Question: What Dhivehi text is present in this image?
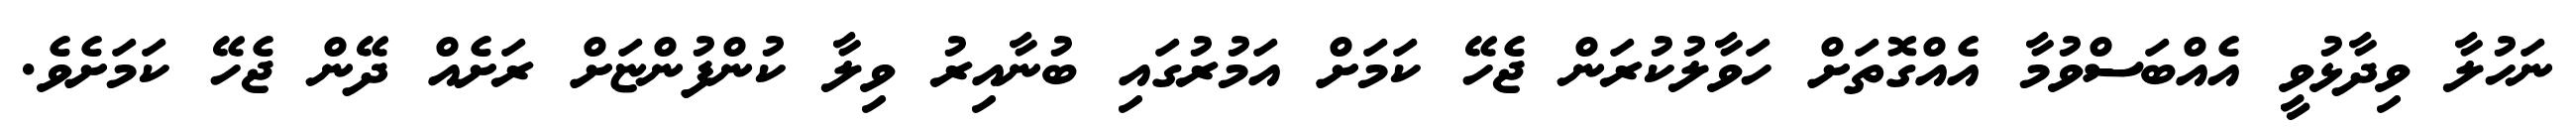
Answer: ނަހުލާ ވިދާޅުވީ އެއްބަސްވުމާ އެއްގޮތަށް ހަވާލުކުރަން ޖެހޭ ކަމަށް އަމުރުގައި ބުނާއިރު ވިލާ ކުންފުންޏަށް ރަށެއް ދޭން ޖެހޭ ކަމަށެވެ.